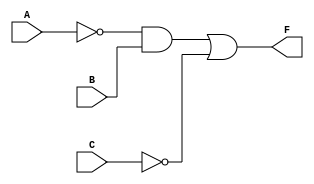
module P1(A, B, C, F);
	
	input A, B, C;
	output F;
	wire A_n, C_n, and0_out;
		not 
			inv0(A_n, A), inv1(C_n, C);
		and 
			and0(and0_out, A_n, B);
		or
			or0(F, and0_out, C_n);
endmodule